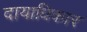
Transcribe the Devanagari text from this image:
दायाधिकार